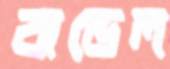
বান্ডেল